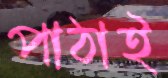
পাঠাই